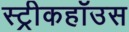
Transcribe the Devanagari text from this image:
स्ट्रीकहॉउस